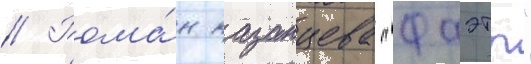
// Рома́н казанцева "фаэты"